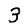
Digit: 3